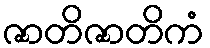
ဇာတိဇာတိကံ